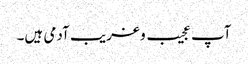
آپ عجیب و غریب آدمی ہیں۔